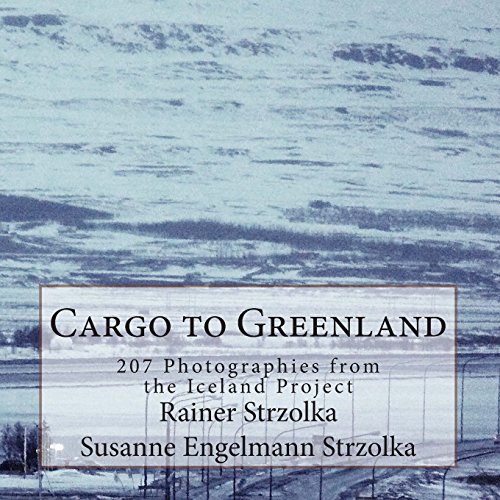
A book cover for Cargo to Greenland: 207 Photographies from the Iceland Project; Rainer Strzolka; Travel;